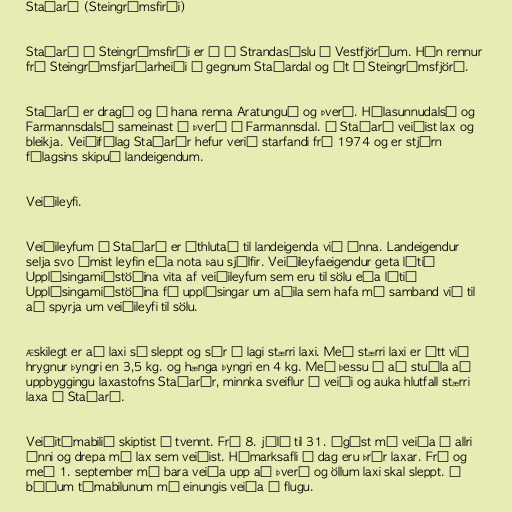
Staðará (Steingrímsfirði)

Staðará í Steingrímsfirði er á í Strandasýslu á Vestfjörðum. Hún rennur
frá Steingrímsfjarðarheiði í gegnum Staðardal og út í Steingrímsfjörð.

Staðará er dragá og í hana renna Aratunguá og Þverá. Hólasunnudalsá og
Farmannsdalsá sameinast í Þverá í Farmannsdal. Í Staðará veiðist lax og
bleikja. Veiðifélag Staðarár hefur verið starfandi frá 1974 og er stjórn
félagsins skipuð landeigendum.

Veiðileyfi.

Veiðileyfum í Staðará er úthlutað til landeigenda við ánna. Landeigendur
selja svo ýmist leyfin eða nota þau sjálfir. Veiðileyfaeigendur geta látið
Upplýsingamiðstöðina vita af veiðileyfum sem eru til sölu eða látið
Upplýsingamiðstöðina fá upplýsingar um aðila sem hafa má samband við til
að spyrja um veiðileyfi til sölu.

Æskilegt er að laxi sé sleppt og sér í lagi stærri laxi. Með stærri laxi er átt við
hrygnur þyngri en 3,5 kg. og hænga þyngri en 4 kg. Með þessu á að stuðla að
uppbyggingu laxastofns Staðarár, minnka sveiflur í veiði og auka hlutfall stærri
laxa í Staðará.

Veiðitímabilið skiptist í tvennt. Frá 8. júlí til 31. ágúst má veiða í allri
ánni og drepa má lax sem veiðist. Hámarksafli á dag eru þrír laxar. Frá og
með 1. september má bara veiða upp að Þverá og öllum laxi skal sleppt. Á
báðum tímabilunum má einungis veiða á flugu.